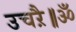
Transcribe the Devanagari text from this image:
उचऱै॥ॐ